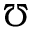
\mho